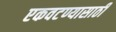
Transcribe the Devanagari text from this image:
एकवटण्यासाठी